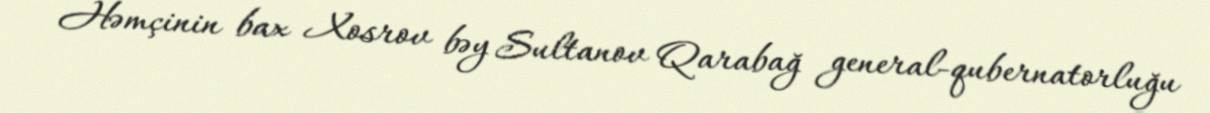
Həmçinin bax Xosrov bəy Sultanov Qarabağ general-qubernatorluğu